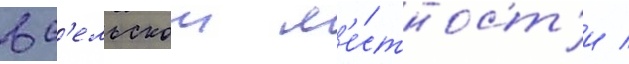
в с'ельскои м'е́стност'и /